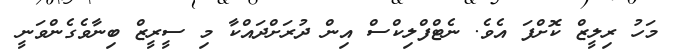
މަހު ރިލީޒް ކޮށްފަ އެވެ. ނެޓްފްލިކްސް އިން ދުރަށްދައްކާ މި ސީރީޒް ބިނާވެގެންވަނީ